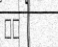
٤٩